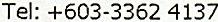
TEL: +603-3362 4137